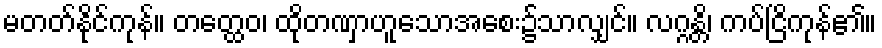
မတတ်နိုင်ကုန်။ တတ္ထေဝ၊ ထိုတဏှာဟူသောအစေး၌သာလျှင်။ လဂ္ဂန္တိ၊ ကပ်ငြိကုန်၏။